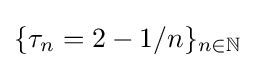
\{\tau _{n}=2-1/n\}_{n\in \mathbb {N} }